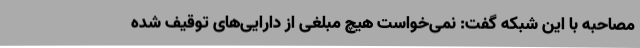
مصاحبه با این شبکه گفت: نمی‌خواست هیچ مبلغی از دارایی‌های توقیف شده